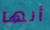
أنها